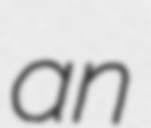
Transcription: an